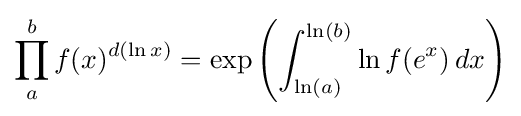
\prod _{a}^{b}f(x)^{d(\ln x)}=\exp \left(\int _{\ln(a)}^{\ln(b)}\ln f(e^{x})\,dx\right)